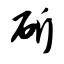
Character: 斫